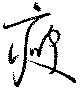
痩